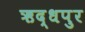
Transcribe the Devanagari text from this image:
ऋद्धपुर